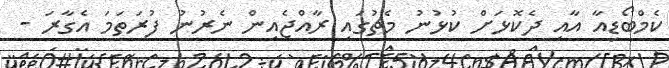
ކެމްބޯޑިއާ އާއި ދެކޮޅަށް ކުޅުނު މެޗުގައި ރާއްޖެއިން ނެރުނު ފުރަތަމަ އެގާރަ -